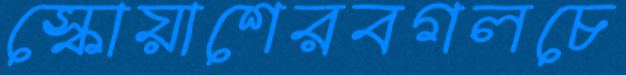
স্কোয়াশেরবগলচে